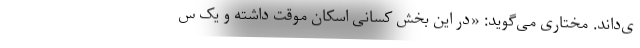
ی‌داند. مختاری می‌گوید: «در این بخش کسانی اسکان موقت داشته و یک س